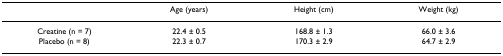
<table><thead><tr><td>[EMPTY_CELL]</td><td><b>Age (years)</b></td><td><b>Height (cm)</b></td><td><b>Weight (kg)</b></td></tr></thead><tbody><tr><td>Creatine (n = 7)</td><td>22.4 ± 0.5</td><td>168.8 ± 1.3</td><td>66.0 ± 3.6</td></tr><tr><td>Placebo (n = 8)</td><td>22.3 ± 0.7</td><td>170.3 ± 2.9</td><td>64.7 ± 2.9</td></tr></tbody></table>